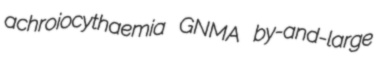
achroiocythaemia GNMA by-and-large